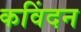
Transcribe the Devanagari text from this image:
कविंदन